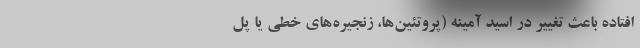
افتاده باعث تغییر در اسید آمینه (پروتئین‌ها، زنجیره‌های خطی یا پل